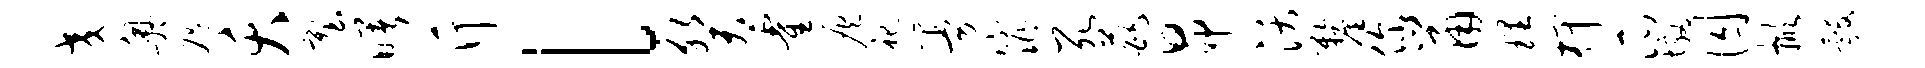
交奥咫夭塑曙斤l癸霍灰祀曼窕死葩昂沃厘你鼠理柙瓜墩囚掀彀